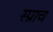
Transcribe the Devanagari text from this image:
स्प्राच